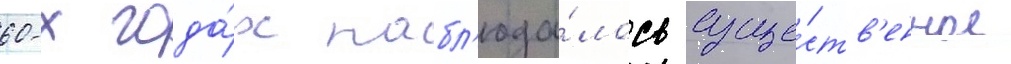
60-х года́х набл'юда́лось суще́ств'енное